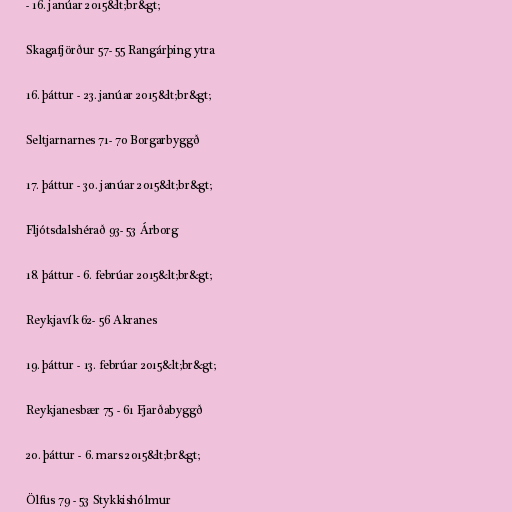
- 16. janúar 2015&lt;br&gt;

Skagafjörður 57- 55 Rangárþing ytra

16. þáttur - 23. janúar 2015&lt;br&gt;

Seltjarnarnes 71- 70 Borgarbyggð

17. þáttur - 30. janúar 2015&lt;br&gt;

Fljótsdalshérað 93- 53 Árborg

18. þáttur - 6. febrúar 2015&lt;br&gt;

Reykjavík 62- 56 Akranes

19. þáttur - 13. febrúar 2015&lt;br&gt;

Reykjanesbær 75 - 61 Fjarðabyggð

20. þáttur - 6. mars 2015&lt;br&gt;

Ölfus 79 - 53 Stykkishólmur